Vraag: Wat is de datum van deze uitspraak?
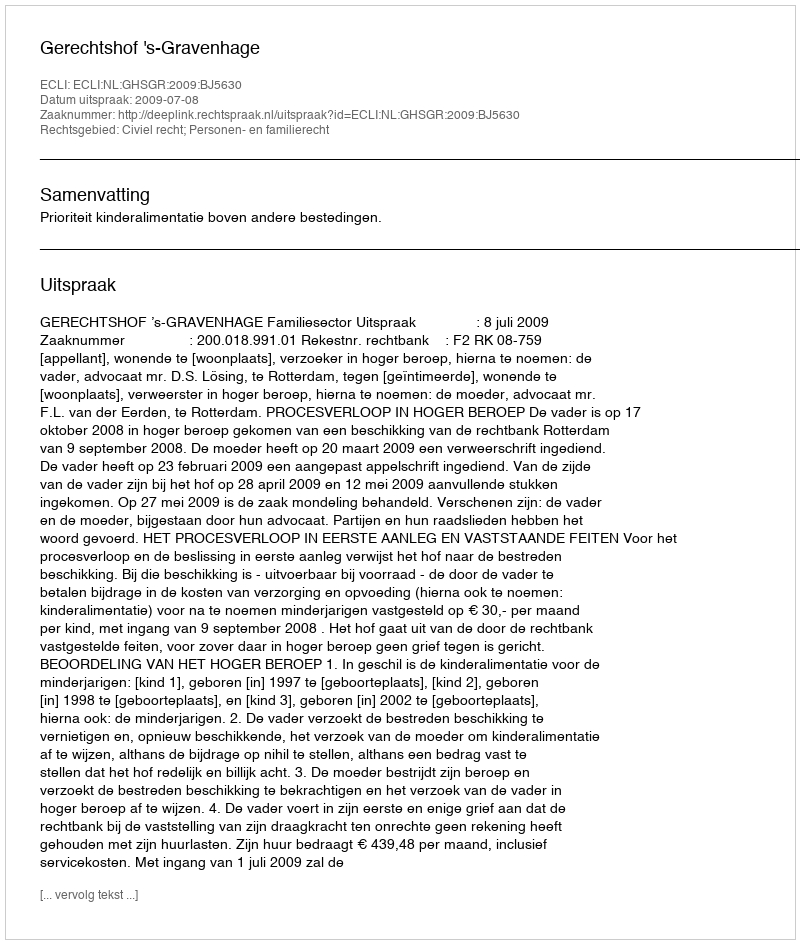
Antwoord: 2009-07-08